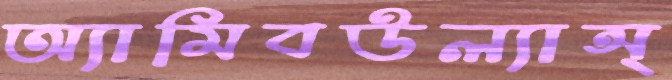
অ্যামিবউল্যান্স্